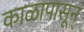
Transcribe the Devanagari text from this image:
काळापासून्